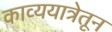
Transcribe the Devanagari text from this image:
काव्ययात्रेतून